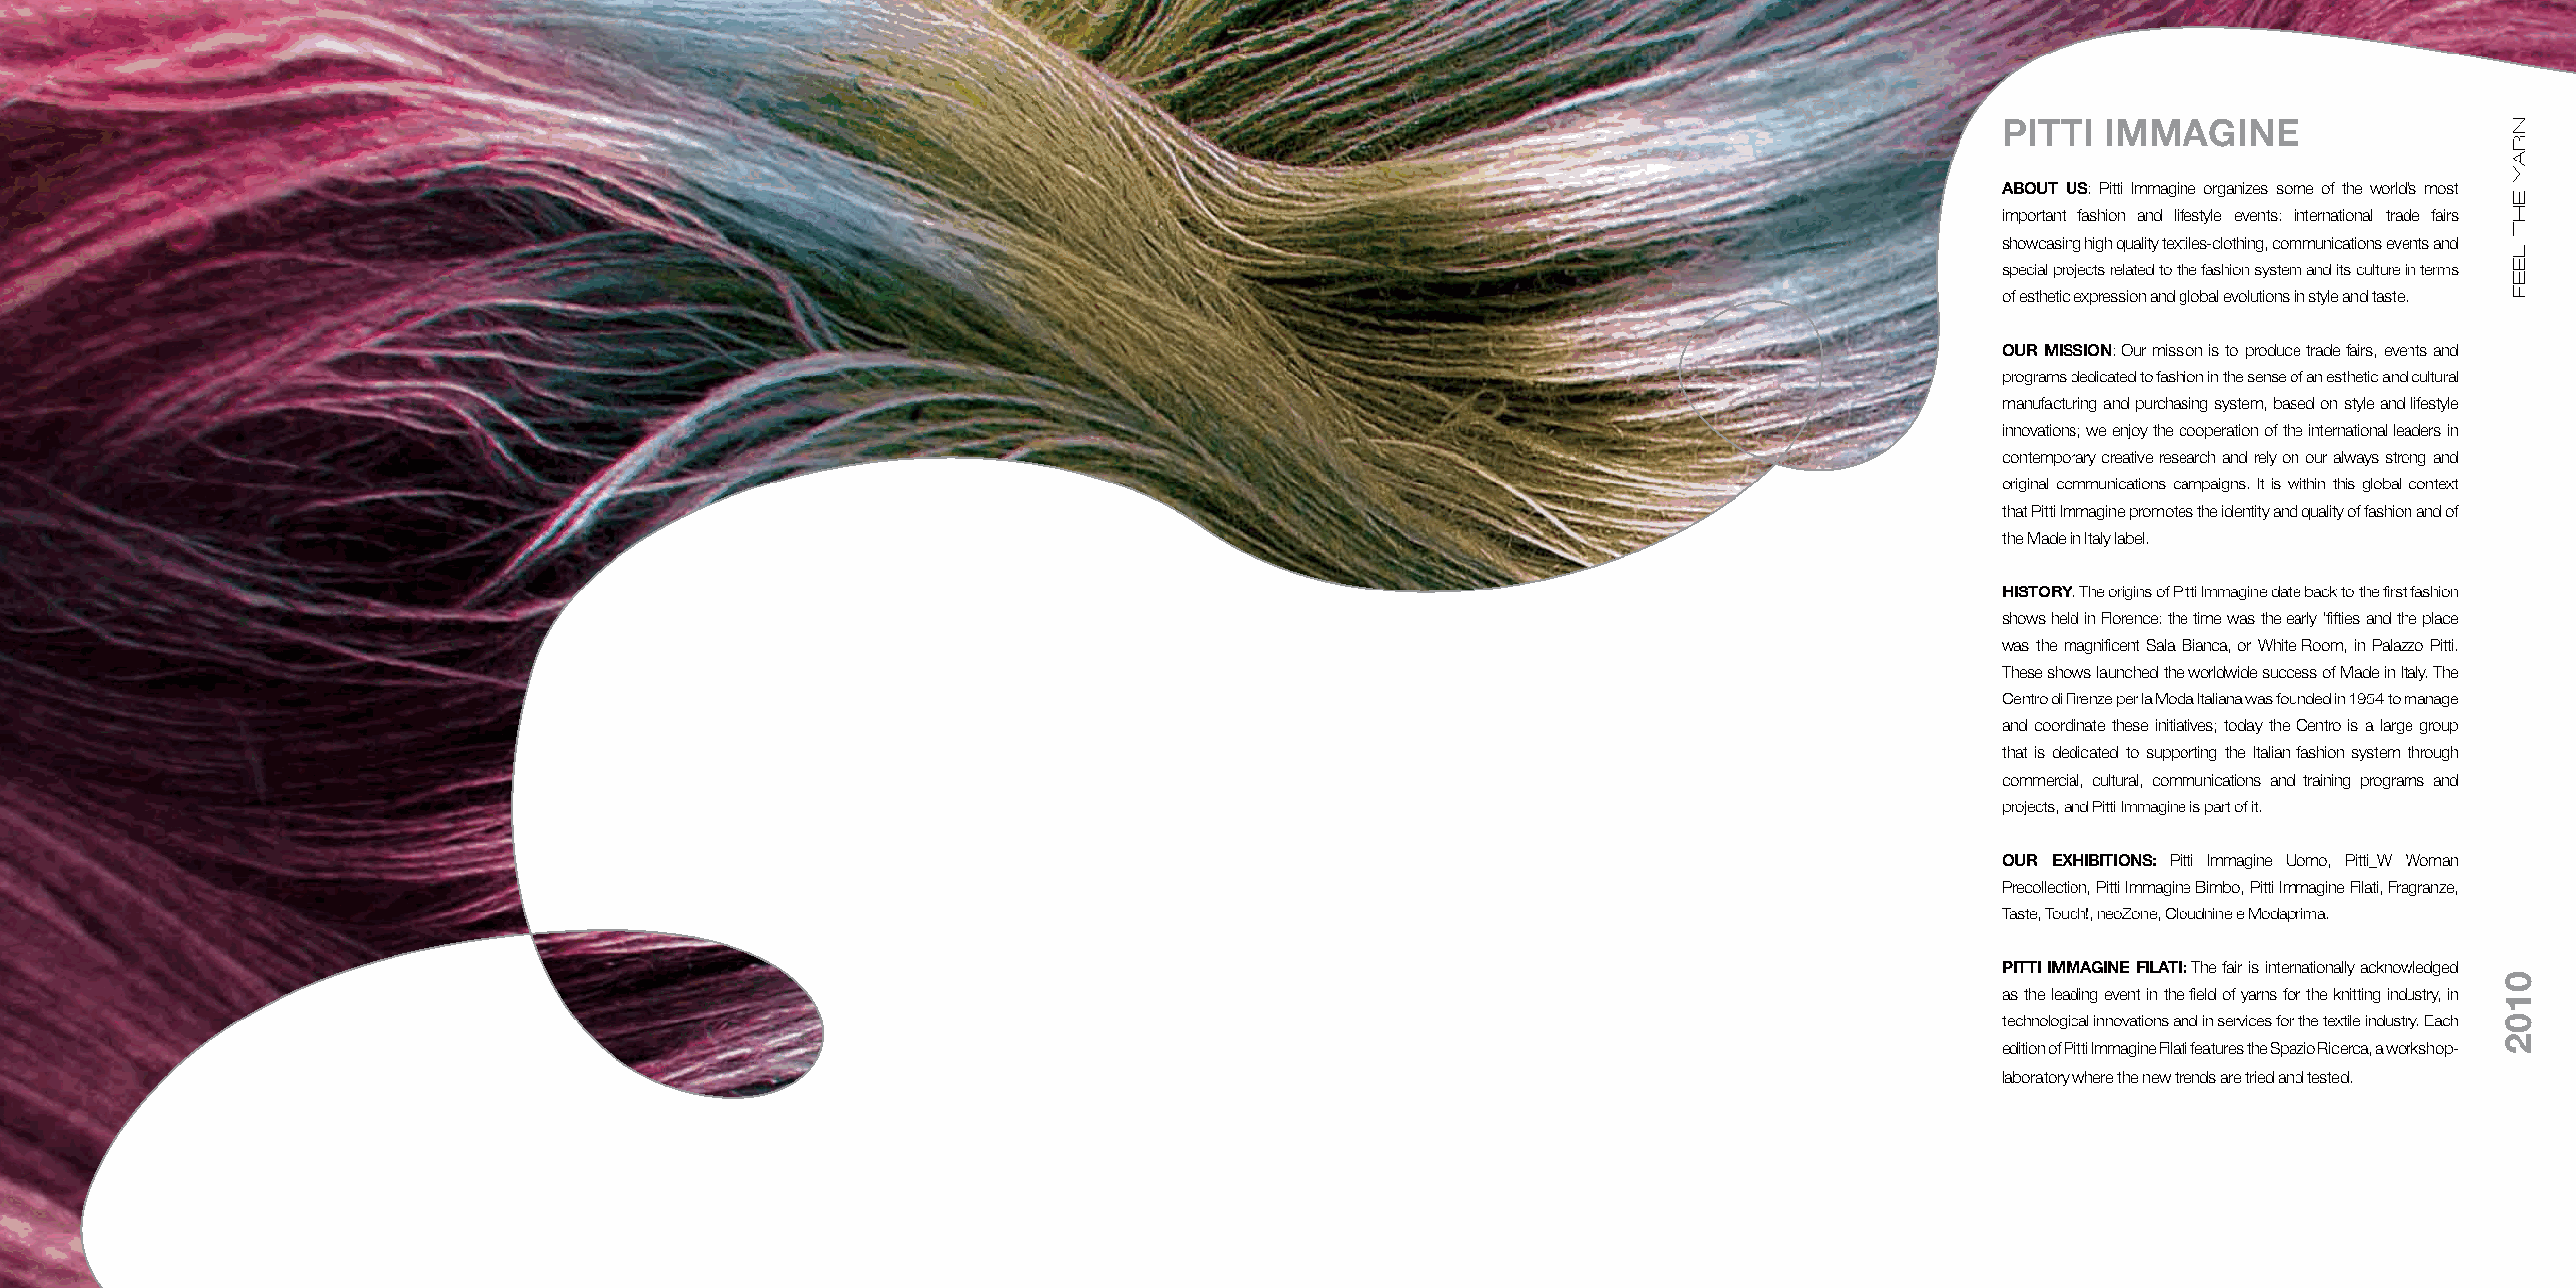
PITTI  IMMAGINE
 ABOUT US: Pitti Immagine organizes some of the world’s most
 important fashion and lifestyle events: international trade fairs
 showcasing high quality textiles-clothing, communications events and
 special projects related to the fashion system and its culture in terms
 of esthetic expression and global evolutions in style and taste.
 OUR MISSION: Our mission is to produce trade fairs, events and
 programs dedicated to fashion in the sense of an esthetic and cultural
 manufacturing and purchasing system, based on style and lifestyle
 innovations; we enjoy the cooperation of the international leaders in
 contemporary creative research and rely on our always strong and
 original communications campaigns. It is within this global context
 that Pitti Immagine promotes the identity and quality of fashion and of
 the Made in Italy label.
 HISTORY: The origins of Pitti Immagine date back to the first fashion
 shows held in Florence: the time was the early ‘fifties and the place
 was the magnificent Sala Bianca, or White Room, in Palazzo Pitti.
 These shows launched the worldwide success of Made in Italy. The
 Centro di Firenze per la Moda Italiana was founded in 1954 to manage
 and coordinate these initiatives; today the Centro is a large group
 that is dedicated to supporting the Italian fashion system through
 commercial, cultural, communications and training programs and
 projects, and Pitti Immagine is part of it.
 OUR EXHIBITIONS: Pitti Immagine Uomo, Pitti_W Woman
 Precollection, Pitti Immagine Bimbo, Pitti Immagine Filati, Fragranze,
 Taste, Touch!, neoZone, Cloudnine e Modaprima.
 PITTI IMMAGINE FILATI: The fair is internationally acknowledged
 as the leading event in the field of yarns for the knitting industry, in
 technological innovations and in services for the textile industry. Each
 edition of Pitti Immagine Filati features the Spazio Ricerca, a workshop-
 laboratory where the new trends are tried and tested.
 NRAY
 EHT
 LEEF
 0102
 NRAY
 EHT
 LEEF
 0102